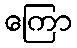
ကြော